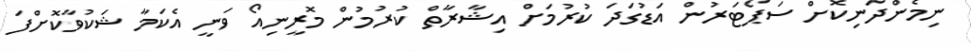
ނިމެންދަނިކޮށް ސަޕޯޓަރުން އަޑުގަދަ ކުރުމަށް އިޝާރާތް ކުރުމުން މޮރީނިއޯ ވަނީ އެކަމާ ޝަކުވާކޮށްފަ